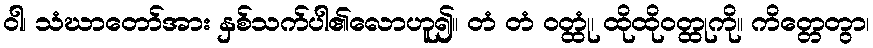
ဝါ၊ သံဃာတော်အား နှစ်သက်ပါ၏လောဟူ၍။ တံ တံ ဝတ္ထုံ၊ ထိုထိုဝတ္ထုကို။ ကိတ္တေတွာ၊